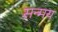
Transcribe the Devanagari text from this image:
सन्मय